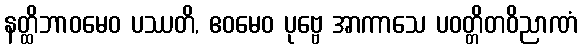
နတ္ထိဘာဝမေဝ ပဿတိ, ဧဝမေဝ ပုဗ္ဗေ အာကာသေ ပဝတ္တိတဝိညာဏံ